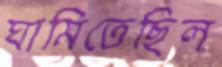
ঘামিতেছিল